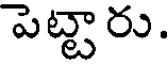
పెట్టారు.